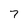
Character: 7